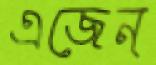
এজেন্